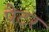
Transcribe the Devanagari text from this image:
पैटर